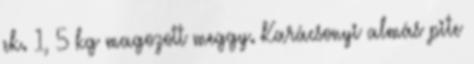
ek. 1, 5 kg magozott meggy. Karácsonyi almás pite